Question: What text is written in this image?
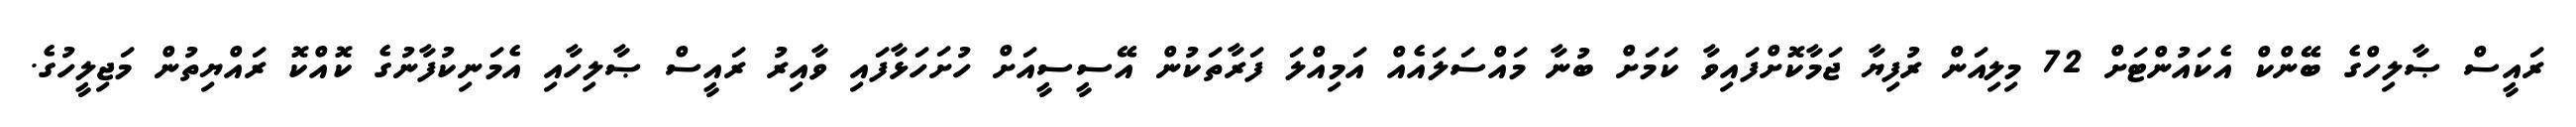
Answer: ރައީސް ޞާލިހްގެ ބޭންކް އެކައުންޓަށް 72 މިލިއަން ރުފިޔާ ޖަމާކޮށްފައިވާ ކަމަށް ބުނާ މައްސަލައެއް އަމިއްލަ ފަރާތަކުން އޭސީސީއަށް ހުށަހަޅާފައި ވާއިރު ރައީސް ޞާލިހާއި އެމަނިކުފާނުގެ ކޮއްކޮ ރައްޔިތުން މަޖިލީހުގެ.